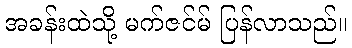
အခန်းထဲသို့ မက်ဇင်မ် ပြန်လာသည်။